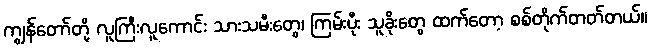
ကျွန်တော်တို့ လူကြီးလူကောင်း သားသမီးတွေ၊ ကြမ်းပိုး သူခိုးတွေ ထက်တော့ စစ်တိုက်တတ်တယ်။